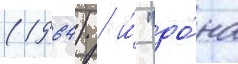
(1964) / и́ "до́на